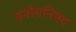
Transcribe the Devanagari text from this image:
वनोपनिषद